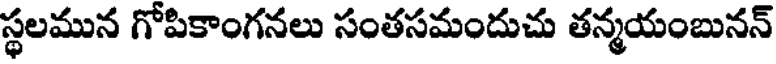
స్థలమున గోపికాంగనలు సంతసమందుచు తన్మయంబునన్